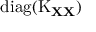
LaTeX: \operatorname { d i a g } ( \operatorname { K } _ { \mathbf { X } \mathbf { X } } )